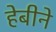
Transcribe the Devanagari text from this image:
हेबीने